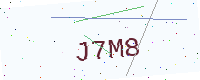
Text: J7M8